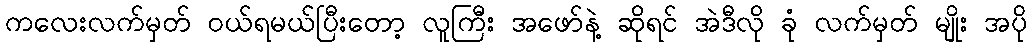
ကလေးလက်မှတ် ဝယ်ရမယ်ပြီးတော့ လူကြီး အဖော်နဲ့ ဆိုရင် အဲဒီလို ခုံ လက်မှတ် မျိုး အပို